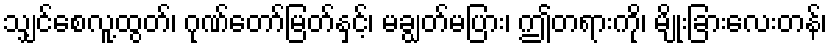
သျှင်စေလူ့ထွတ်၊ ဂုဏ်တော်မြတ်နှင့်၊ မချွတ်မပြား၊ ဤတရားကို၊ မျိုးခြားလေးတန်၊